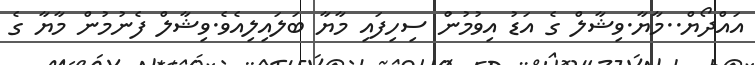
އައްދޯޔް..މާޔާާ.ވިޝާލް ގެ އަޑު އިވުމުނުް ސިހިފައި މާޔާ ބަލައިލިއެވެ.ވިޝާލް ފެނުމުން މާޔާ ގެ